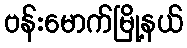
ဗန်းမောက်မြို့နယ်